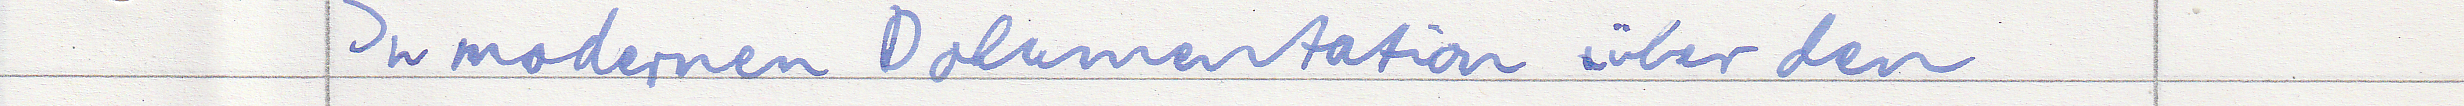
In modernen Dokumentation über den